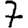
Digit: 7